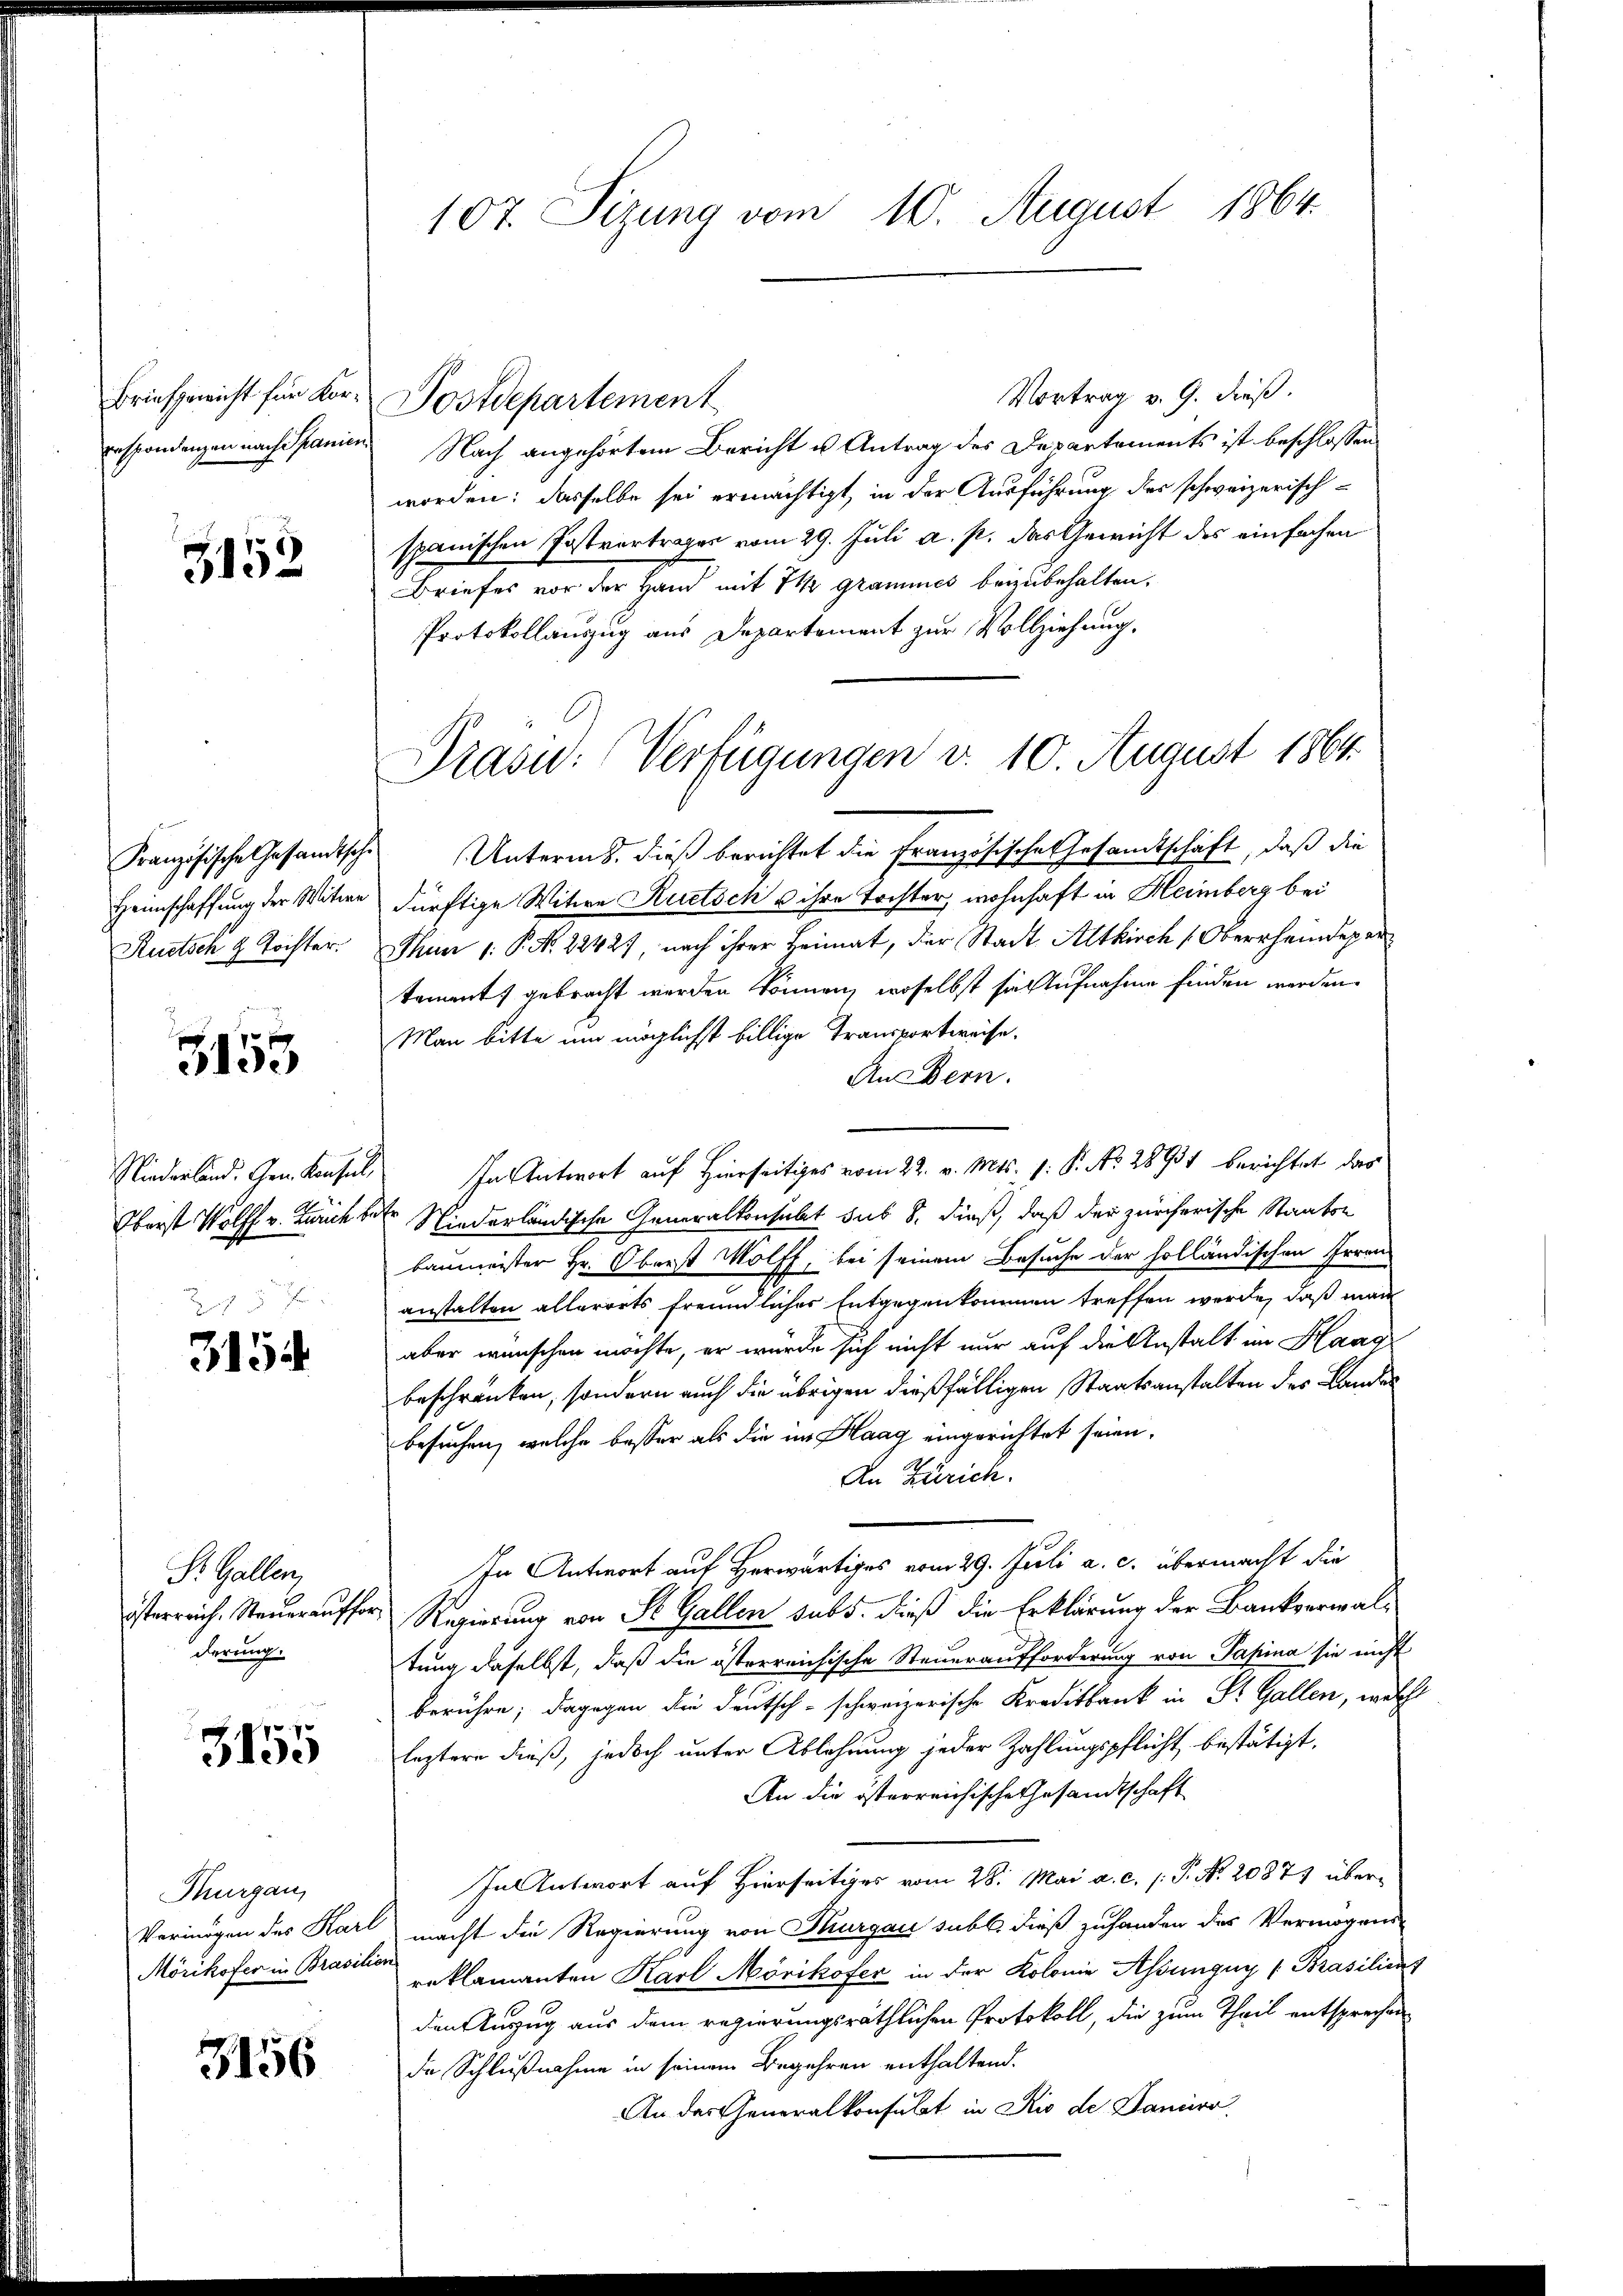
Briefgericht für Korrespondenzen nach Spanien

3152

Französische Gesandtschi
Heimschaffung der Witwe
Suetsch 9 Tochter.

3155

Niederland. Gen. Konsul,
Oberst Wolff v. Zürich
Rot

3154

Pr. Gallen
österreich. Steuerauffo
derung.

3155

Thurgau
Mörikofer in Brasilien

3156

107. Sizung vom 10. August 1864.

Vortrag v. 9. dieß.
Nach angehörtem Bericht u Antrag des Departements ist beschlossen
worden; dasselbe sei ermächtigt, in der Ausführung des schweizerischspanischen Postvertrages vom 29. Juli a. p. das Gewicht des einfachen
Briefes vor der Hand mit 74 grammes beizubehalten.
Protokollauszug aus Departement zur Vollziehung,
Prasi: Verfügungen d. 10. August 1864.

Postdepartement

Unterms, dieß berichtet die Französische Gesandtschaft, daß die
dürftige Witwe Ruetsch u ihre Tochter, wohnhaft in Heimberg bei
Thun 1. P. N. 22427, nach ihrer Heimat, der Stadt Altkirch Oberrheindepar
tement gebracht werden können, woselbst sie Aufnahme finden werden.
Man bitte um möglichst billige Transportweise.
Aus Bern.
In Antwort auf Hierseitiges vom 22. v. Mts. f. P. No 28931 berichtet das
d
Niederländische Generalkonsabet sub 8. dieß, daß der zürcherische Staatsbaumeister Hr. Oberst Wolff, bei seinem Besuche der holländischen Irren-
anstalten allerorts freundlicher Entgegenkommen treffen werde, daß man
aber wünschen möchte, er würde sich nicht nur auf die Anstalt im Haag
beschränken, sondern auch die übrigen dießfälligen Staatsanstalten des Lander
besuchen, welche besser als die im Haag eingerichtet seien.
An Zürich.
In Antwort auf Herwärtiges vom 29. Juli a. c. übermacht die
r Regierung von St. Gallen sub 5. dieß die Erklärung der Bankverwaltung daselbst, daß die österreichische Steueraufforderung von Papina sie nicht
berühre; dagegen die Deutsch-schweizerische Kreditbank in St. Gallen, welche
leztere dieß, jedoch unter Ablehnung jeder Zahlungspflicht bestätigt,
An die österreichische Gesandtschaft
In Antwort auf Hierseitiges vom 28. Mai a. c. (T. N. 20871 über¬
Vermögen des Karl macht die Regierung von Thurgau subl. dieß zufanden des Vermögens-
reklamanten Karl Mörikofer in der Kolonie Assungen (Brasilieut
den Anzug aus dem regierungsräthlichen Protokoll, die zum Theil entsprechen
de Schlußnahme in seinem Begehren enthaltend.
An der Generalkonsulat in Rio de Daniero